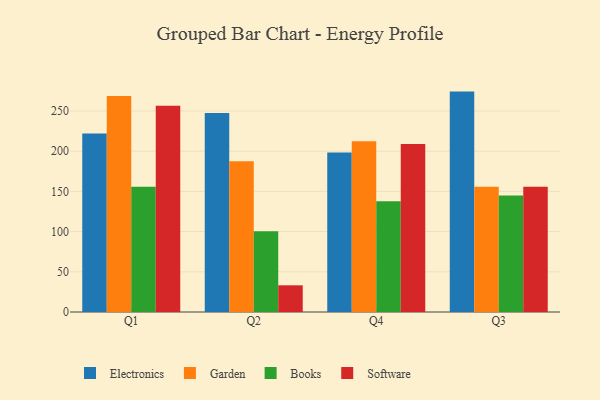
{"axis": {"x": "Quarter", "y": "Backlog"}, "legend": ["Books", "Electronics", "Garden", "Software"], "data": [{"x": "Q1", "y": 222.0, "type": "Electronics"}, {"x": "Q1", "y": 268.5, "type": "Garden"}, {"x": "Q1", "y": 155.7, "type": "Books"}, {"x": "Q1", "y": 256.6, "type": "Software"}, {"x": "Q2", "y": 247.5, "type": "Electronics"}, {"x": "Q2", "y": 187.4, "type": "Garden"}, {"x": "Q2", "y": 100.4, "type": "Books"}, {"x": "Q2", "y": 33.2, "type": "Software"}, {"x": "Q4", "y": 198.5, "type": "Electronics"}, {"x": "Q4", "y": 212.4, "type": "Garden"}, {"x": "Q4", "y": 137.7, "type": "Books"}, {"x": "Q4", "y": 208.9, "type": "Software"}, {"x": "Q3", "y": 274.1, "type": "Electronics"}, {"x": "Q3", "y": 155.7, "type": "Garden"}, {"x": "Q3", "y": 144.9, "type": "Books"}, {"x": "Q3", "y": 155.7, "type": "Software"}]}